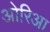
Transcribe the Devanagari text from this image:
ओरिआ